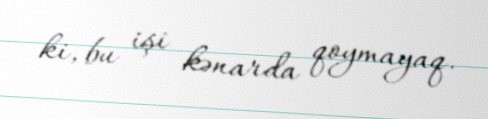
ki, bu işi kənarda qoymayaq.